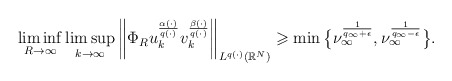
\begin{align*} \liminf_{R\to \infty}\limsup_{k\to \infty} \bigg\|\Phi_{R}u_{k}^{\frac{\alpha(\cdot)}{q(\cdot)}}v_{k}^{\frac{\beta(\cdot)}{q(\cdot)}}\bigg\|_{L^{q(\cdot)}(\mathbb{R}^{N})} \geqslant \min \big\{ \nu_{\infty}^{\frac{1}{q_{\infty}+\epsilon}}, \nu_{\infty}^{\frac{1}{q_{\infty}-\epsilon}}\big\}. \end{align*}